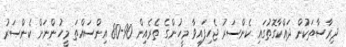
ދިރާސާތަކުން ދައްކާގޮތުގައި ކެންސަރު ޖެހިފައިވާ މީހުންގެ ތެރެއިން 90-80 އިންސައްތަ މީހުންނަށް ކެންސަރު